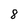
Character: 8